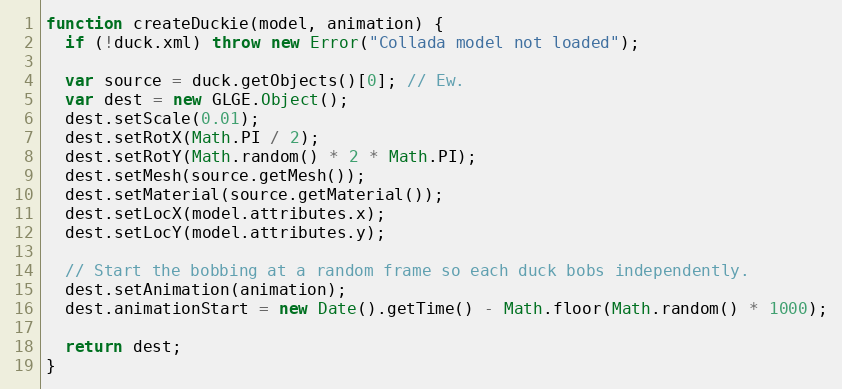
Language: JavaScript
function createDuckie(model, animation) {
  if (!duck.xml) throw new Error("Collada model not loaded");

  var source = duck.getObjects()[0]; // Ew.
  var dest = new GLGE.Object();
  dest.setScale(0.01);
  dest.setRotX(Math.PI / 2);
  dest.setRotY(Math.random() * 2 * Math.PI);
  dest.setMesh(source.getMesh());
  dest.setMaterial(source.getMaterial());
  dest.setLocX(model.attributes.x);
  dest.setLocY(model.attributes.y);

  // Start the bobbing at a random frame so each duck bobs independently.
  dest.setAnimation(animation);
  dest.animationStart = new Date().getTime() - Math.floor(Math.random() * 1000);

  return dest;
}